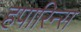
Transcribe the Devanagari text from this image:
हपारिन्स